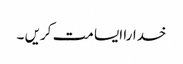
خدارا ایسا مت کریں ۔